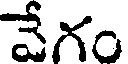
వేగం